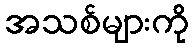
အသစ်များကို